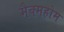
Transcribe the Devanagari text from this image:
मैक्महोम